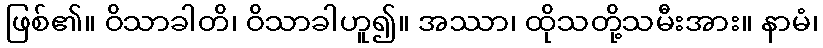
ဖြစ်၏။ ဝိသာခါတိ၊ ဝိသာခါဟူ၍။ အဿာ၊ ထိုသတို့သမီးအား။ နာမံ၊